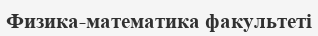
Физика-математика факультеті